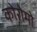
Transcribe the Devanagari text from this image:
कोरोमो